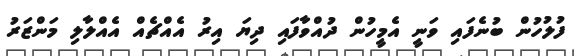
ފުލުހުން ބުނެފައި ވަނީ އެމީހުން ދުއްވާފައި ދިޔަ އިރު އެއްޗެއް އެއްލާލި މަންޒަރު